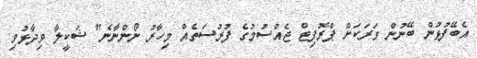
އެބޭފުޅުން ބޭނުން ވަރަކަށް ޕްރޮފިޓް ޖެއްސުމުގެ ފުރުސަތެއް މިހާރު ނޯންނާނެ" ޝަކީލާ ވިދާޅުވި